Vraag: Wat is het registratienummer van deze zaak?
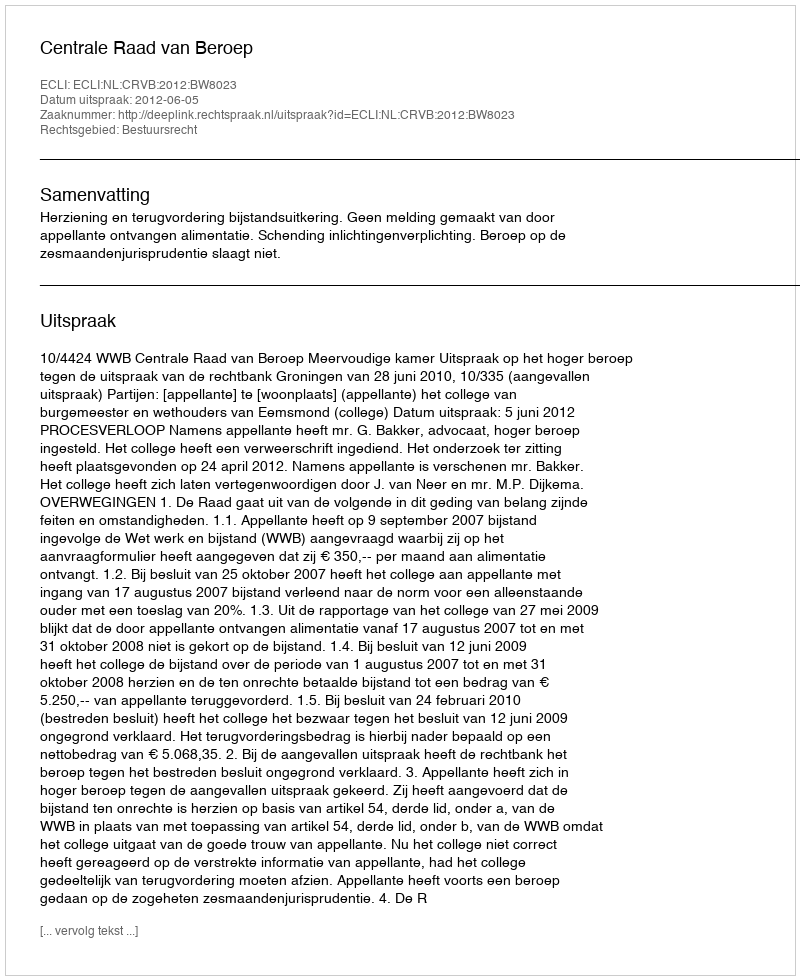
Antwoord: http://deeplink.rechtspraak.nl/uitspraak?id=ECLI:NL:CRVB:2012:BW8023